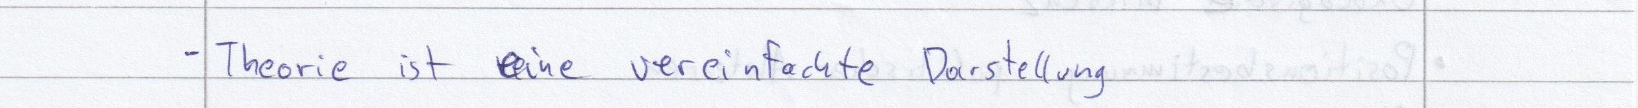
- Theorie ist eine vereinfachte Darstellung